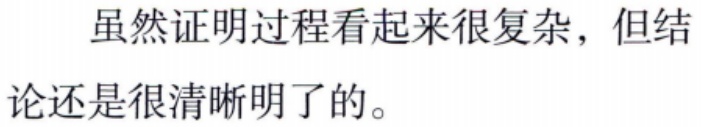
虽然证明过程看起来很复杂，但结论还是很清晰明了的。